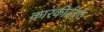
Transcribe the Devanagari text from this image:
कारकीर्दएत